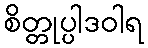
စိတ္တုပ္ပါဒဝါရ